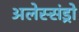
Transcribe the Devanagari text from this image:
अलेस्संड्रो